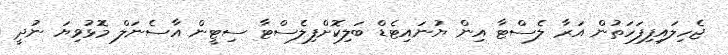
ޖެހިލައިފިފަހަތުން އަރާ ލެސްޓާ އިން ޔުނައިޓެޑް ބަލިކޮށްފިލެސްޓާ ސިޓީން އާސެނަލް މޮޅުވިޔަ ނުދީ